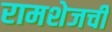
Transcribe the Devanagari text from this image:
रामशेजची